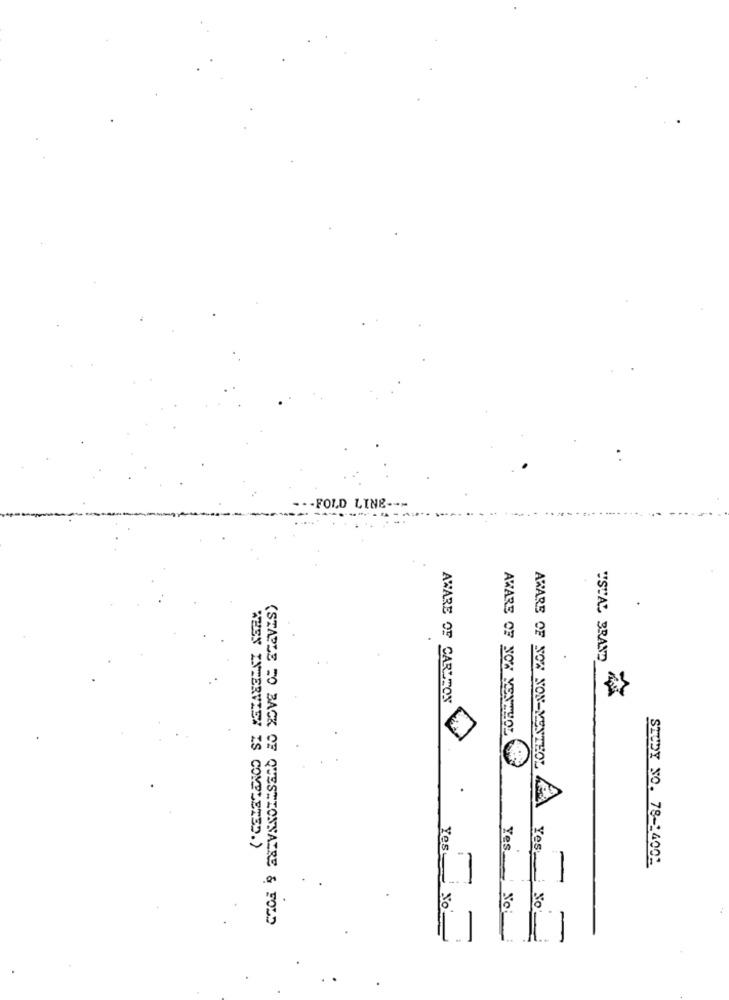
.- FOLD LINE ---
USTAL BRAND
AWARE OF CARLTON
AWARE OF NOW YENTYOL
AWARE OF NOW NON-VENTEOL
WHEN INTERVIEW IS COMPLETED.)
Yes-
Yes.
Yes.
STUDY NO. 78-14001
-
No
(STAPLE FO BACK OF QUESTIONNAIRE & FOLD